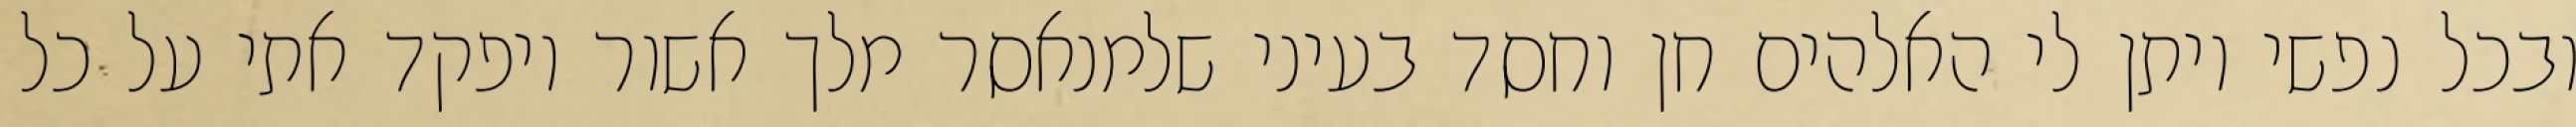
ובכל נפשי ויתן לי האלהים חן וחסד בעיני שלמנאסר מלך אשור ויפקד אתי על כל